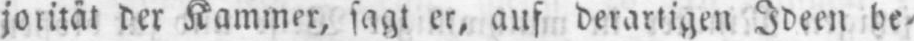
jorität der Kammer, sagt er, auf derartigen Ideen be⸗